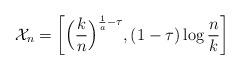
LaTeX: \begin{align*}\mathcal{X}_n = \biggl[\Bigl(\frac{k}{n}\Bigr)^{\frac{1}{a}-\tau},(1-\tau)\log \frac{n}{k}\biggr]\end{align*}